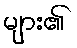
များ၏